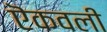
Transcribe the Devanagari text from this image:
ऎकवली